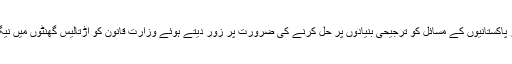
وزیراعظم عمران خان نے وزارت قانون کو اوورسیز پاکستانیوں کے مسائل کو ترجیحی بنیادوں پر حل کرنے کی ضرورت پر زور دیتے ہوئے وزارت قانون کو اڑتالیس گھنٹوں میں نیگیٹو کیٹیگری کی فہرست فراہم کرنے کی ہدایت کی ۔